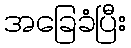
အခြေခံပြီး